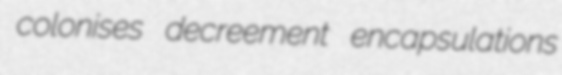
colonises decreement encapsulations